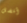
أفضل